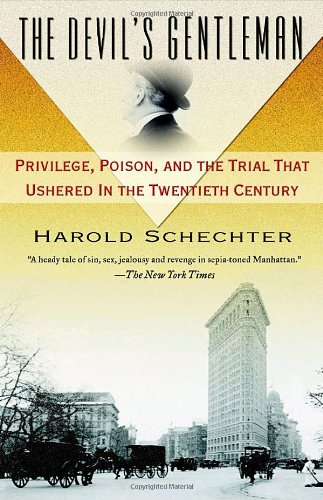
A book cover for The Devil's Gentleman: Privilege, Poison, and the Trial That Ushered in the Twentieth Century; Harold Schechter; Biographies & Memoirs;